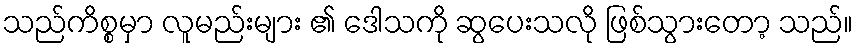
သည်ကိစ္စမှာ လူမည်းများ ၏ ဒေါသကို ဆွပေးသလို ဖြစ်သွားတော့ သည်။